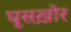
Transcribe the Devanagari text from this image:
घूसख़ोर